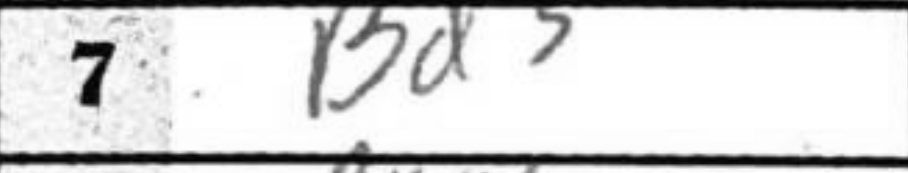
Transcription: Bd3